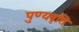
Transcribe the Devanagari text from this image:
पुण्यवृत्ति